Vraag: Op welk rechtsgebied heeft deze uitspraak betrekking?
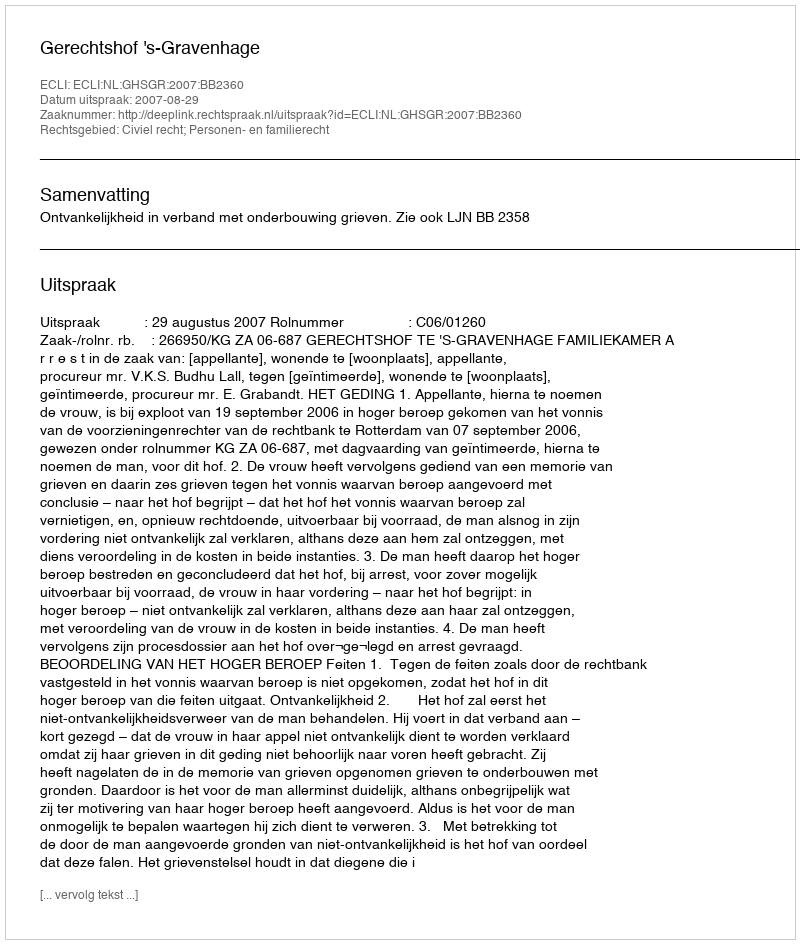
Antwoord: Civiel recht; Personen- en familierecht